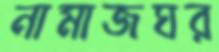
নামাজঘর